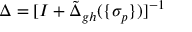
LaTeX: \Delta = [ I + \tilde { \Delta } _ { g h } ( \{ \sigma _ { p } \} ) ] ^ { - 1 }